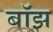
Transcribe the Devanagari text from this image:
बाॅझ